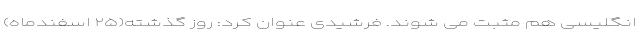
انگلیسی هم مثبت می شوند. فرشیدی عنوان کرد: روز گذشته(۲۵ اسفندماه)